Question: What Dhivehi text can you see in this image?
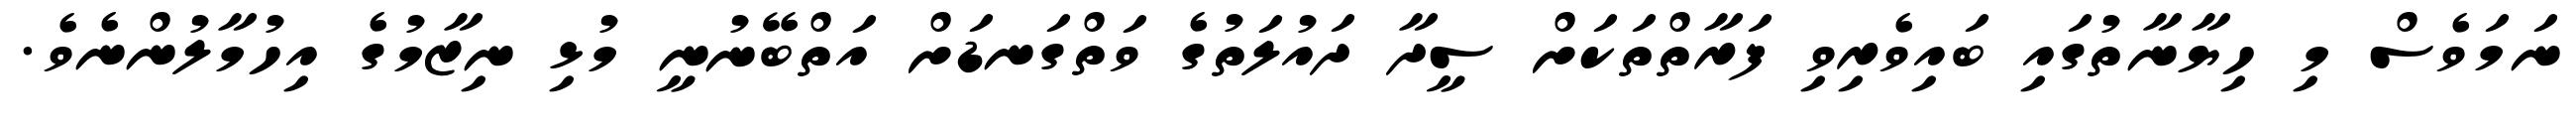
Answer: ނަމަވެސް މި ހިޔާނާތުގައި ބައިވެރިވި ފަރާތްތަކަށް ސީދާ ދައުލަތުގެ ވަތްގަނޑަށް އަތްބޭނުނީ މުޅި ނިޒާމުގެ އިހުމާލުންނެވެ.